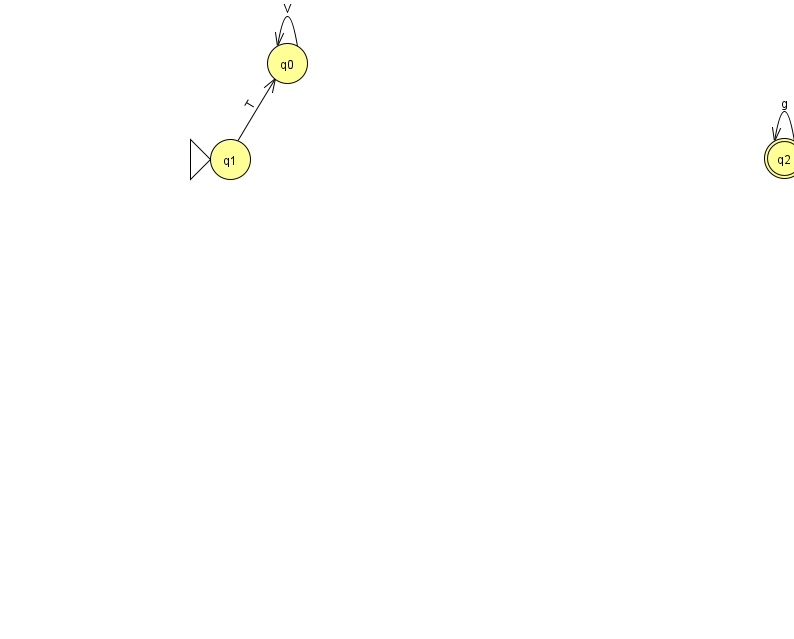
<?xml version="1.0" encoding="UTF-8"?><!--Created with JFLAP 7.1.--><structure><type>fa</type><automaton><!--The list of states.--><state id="0" name="q0"><x>287.0</x><y>50.0</y></state><state id="1" name="q1"><x>230.0</x><y>146.0</y><initial/></state><state id="2" name="q2"><x>784.0</x><y>145.0</y><final/></state><!--The list of transitions.--><transition><from>1</from><to>0</to><read>T</read></transition><transition><from>0</from><to>0</to><read>V</read></transition><transition><from>2</from><to>2</to><read>g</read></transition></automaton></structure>